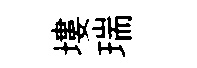
塿瑞